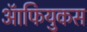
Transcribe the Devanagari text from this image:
ऑफियुकस